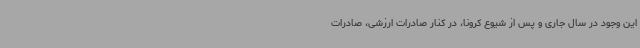
این وجود در سال جاری و پس از شیوع کرونا، در کنار صادرات ارزشی، صادرات